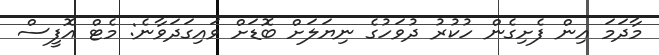
މާދަމަ އިން ފެށިގެން ހުކުރު ދުވަހުގެ ނިޔަލަށް ބޮޑަށް ވައިގަދަވާނެ: މެޓް އޮފީސް